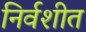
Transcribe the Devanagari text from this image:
निर्वशीत